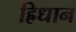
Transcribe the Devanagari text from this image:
ह्रिधान